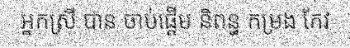
អ្នកស្រី បាន ចាប់ផ្តើម និពន្ធ កម្រង កែវ